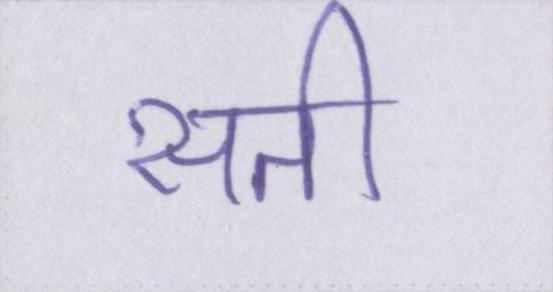
सती